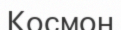
Космон